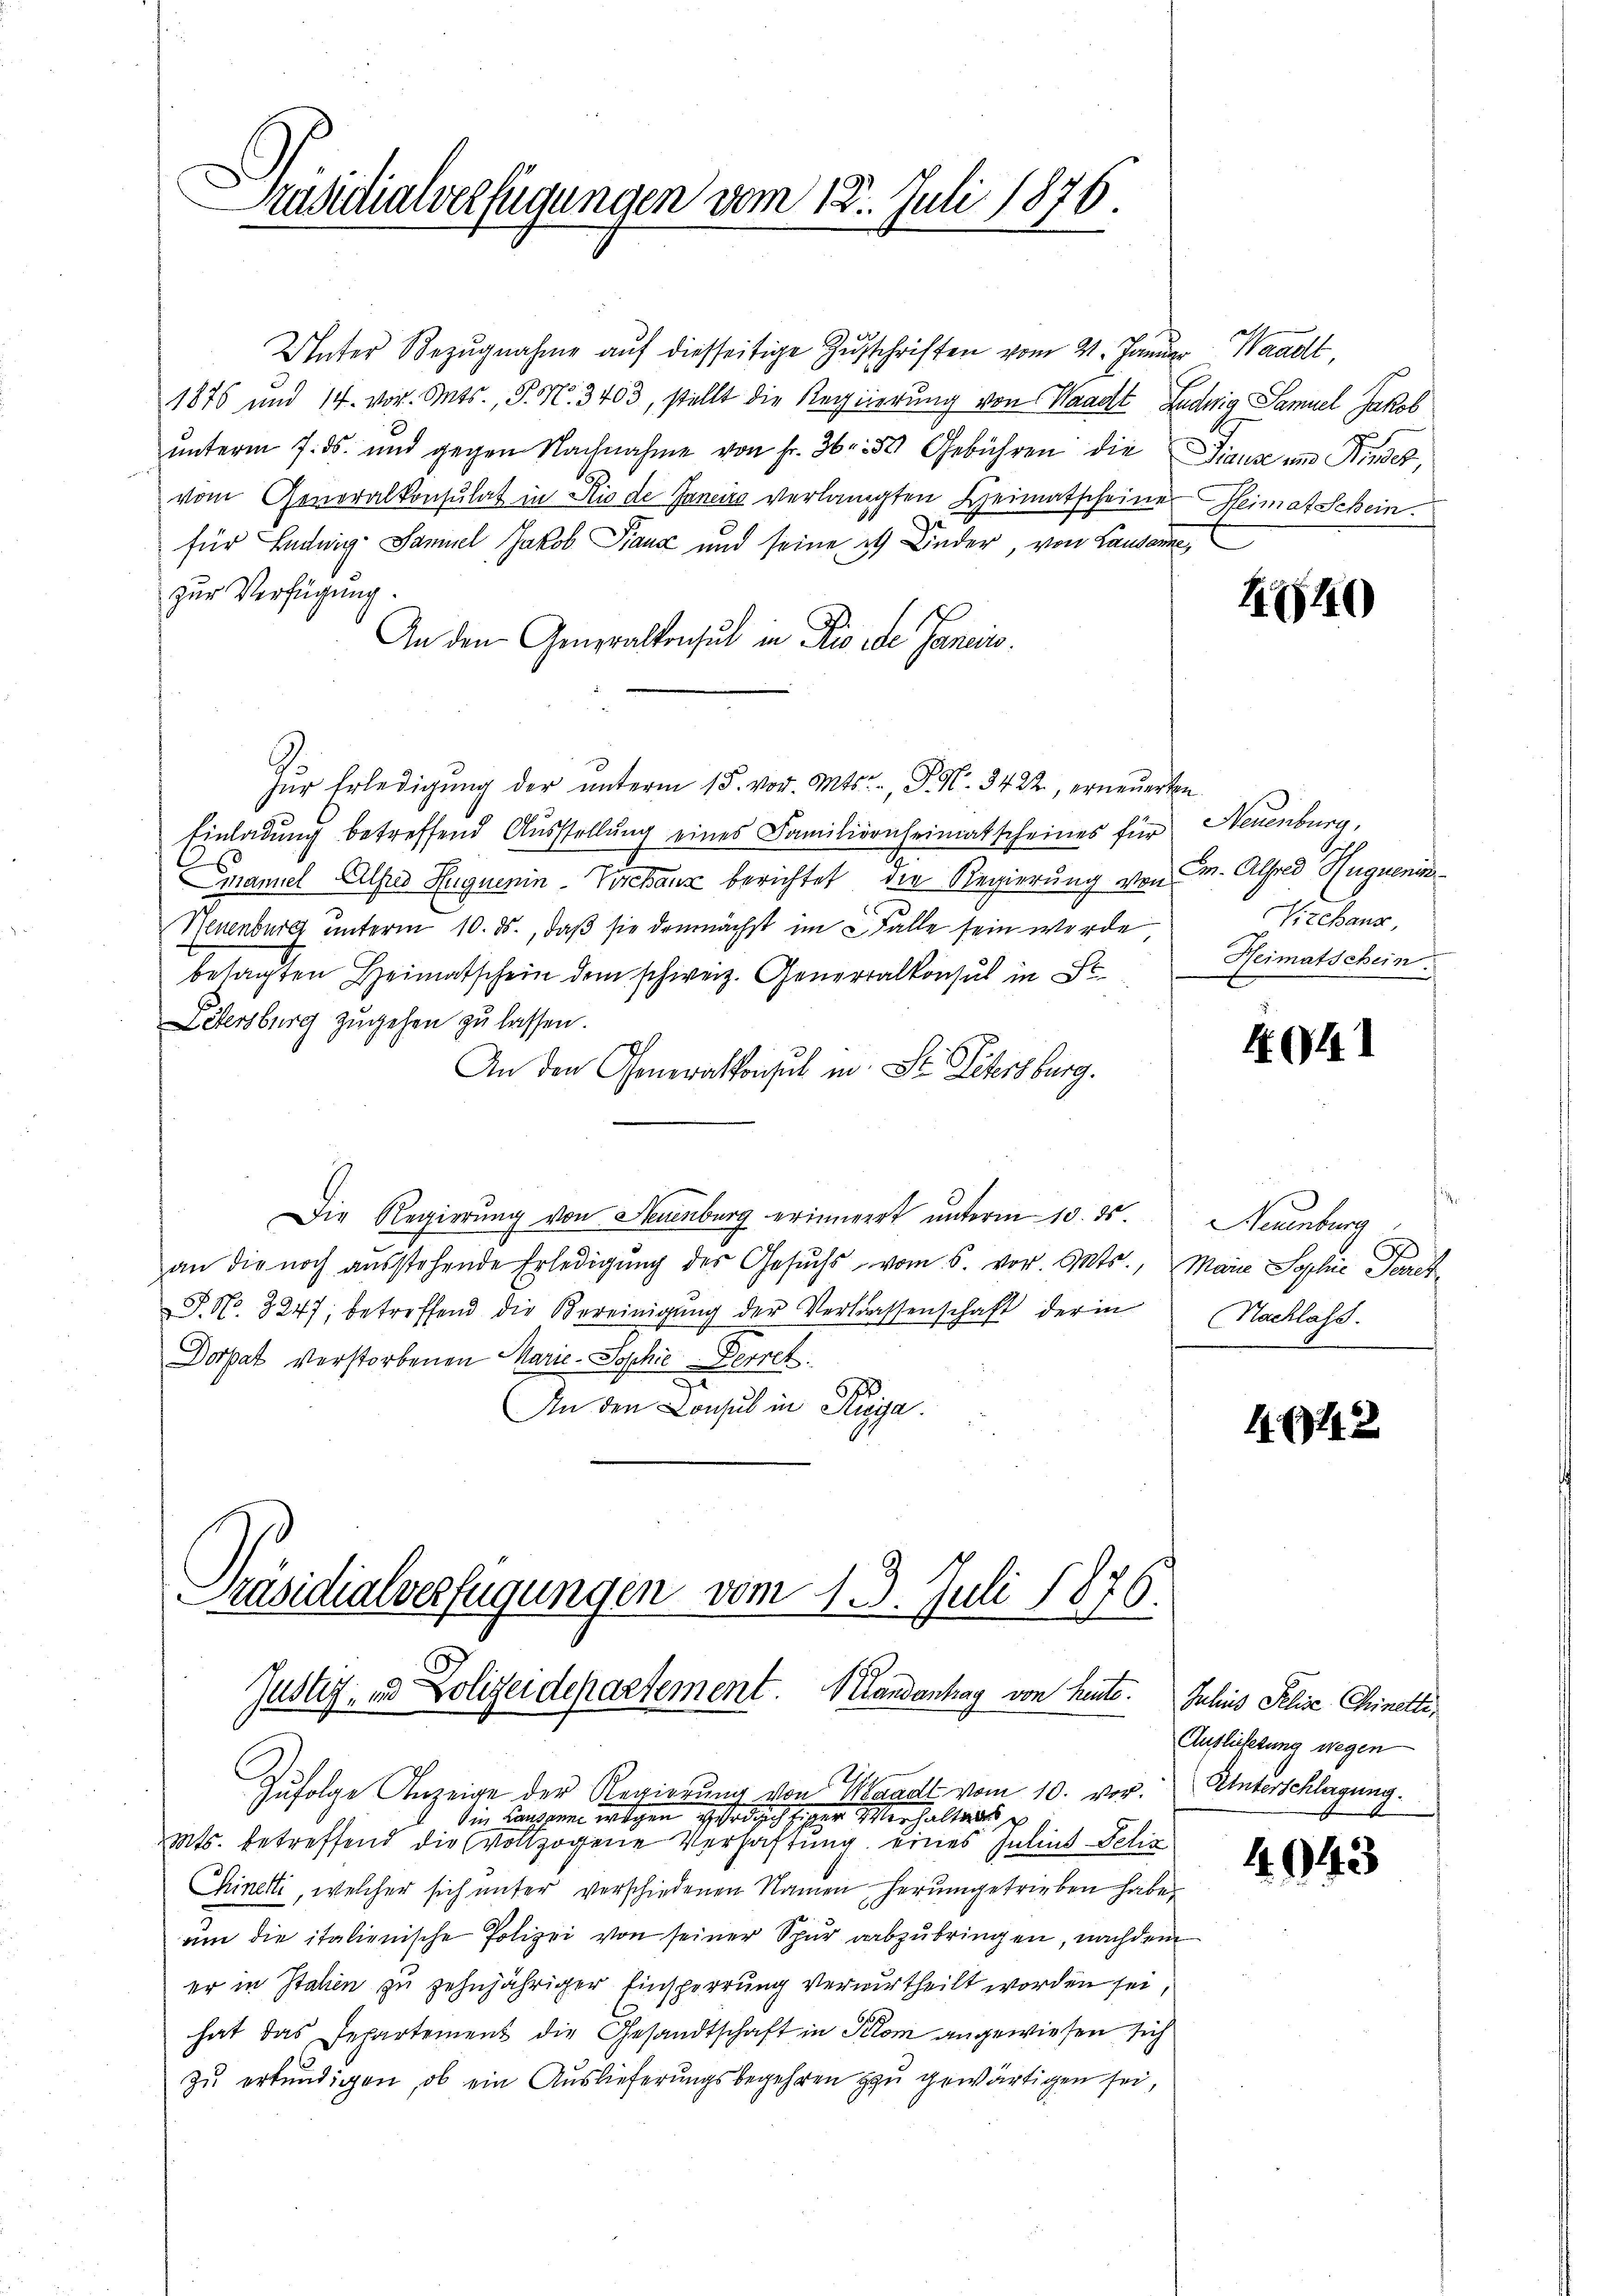
Unter Bezŭgnahme aŭf diesseitige Zŭschriften vom 21. Januar Waadt,
1876 und 14. vor. Mts., P. N. 3403, stellt die Regierung von Waadt Ludwig Samuel Jakob
unterm 7. ds. und gegen Nachnahme von fr. 36. 30 Gebühren die Diause und Kindet,
vom Generalkonsulat in Rio de Janeiro verlangten Heimatscheiner Heimatschein.
für Ludwig Samuel Jakob Franz und seine 2 Kinder, von Lausanne,
zur Verfügung.
An den Generalkonsul in Pio ide Janein.
ŭr Erledigŭng der ŭnterm 15. vor. Mts., P. Nr. 3422, erneuerten
Einladung betreffend Ausstellung eines Familienheimatscheines für
Emanuel Alfred Hugnenin-Verchanz berichtet, die Regierung von m. Alfred Huguenis¬
Neuenburg unterm 10. ds., daß sie demnächst im Falle sein werde
besagten Heimatschein dem schweiz. Generalkonsul in Se
Letersburg zugehen zu lassen.
An den Generalkonsul in St. Petersburg.
Die Regierung von Steuenburg erinnert unterm 10. ds. Neuenburg
an die noch aŭsstehende Erledigŭng der Gesŭchs vom 5. vor. Mts., Marie Sophie Paret¬
J. No. 8247; betreffend die Bereinigŭng der Verlassenschaft der in Nachlass.
Dorpat verstorbenen Marie-Sophie Derret
s
An den Consul in Riga

Präsidialverfügungen vom 18. Juli 1876.

Präsidialverfügungen vom 15. Juli 1876.
Justiz- und Polizeidepartement. Mandanhag von heute. Inhis Pelise Chinetti,

Zufolge Anzeige der Regierung von Waadt vom 10. vor. Unterschlagung.
in Lausanne wegen verdich ziger Verhaltnis
Mts. betreffend die vollzogene Verhaftung eines Julius Felix
Chinetti, welcher sich unter verschiedenen Namen herumgetrieben habe,
um die italienische Polizei von seiner Spur abzubringen, nachdem
er in Stahen zu zehnjähriger Einsperrung verurtheilt worden sei
hat das Departement die Gesandtschaft in Klom angewiesen sich
zu erkundigen, ob ein Auslieferungsbegehren zu gewärtigen sei,

4640

Neuenburg,
Viehans,
Heimatschein

4041

1648

Auslieferung wegen

4943